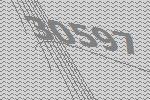
30597